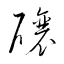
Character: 醸